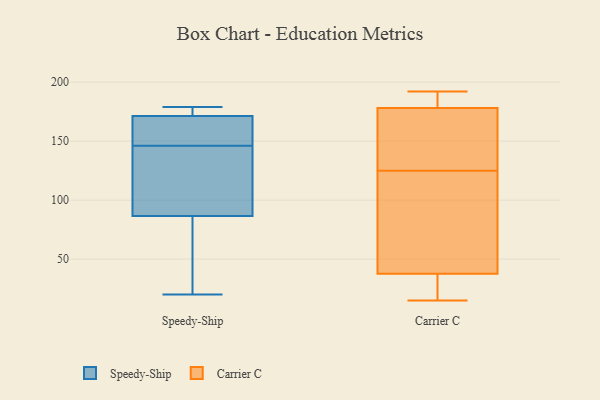
{"axis": {"x": "Budget (USD K)", "y": "Value"}, "legend": ["Carrier C", "Speedy-Ship"], "data": [{"x": "", "y": 146, "type": "Speedy-Ship"}, {"x": "", "y": 61, "type": "Speedy-Ship"}, {"x": "", "y": 20, "type": "Speedy-Ship"}, {"x": "", "y": 112, "type": "Speedy-Ship"}, {"x": "", "y": 113, "type": "Speedy-Ship"}, {"x": "", "y": 168, "type": "Speedy-Ship"}, {"x": "", "y": 32, "type": "Speedy-Ship"}, {"x": "", "y": 172, "type": "Speedy-Ship"}, {"x": "", "y": 179, "type": "Speedy-Ship"}, {"x": "", "y": 146, "type": "Speedy-Ship"}, {"x": "", "y": 171, "type": "Speedy-Ship"}, {"x": "", "y": 95, "type": "Speedy-Ship"}, {"x": "", "y": 175, "type": "Speedy-Ship"}, {"x": "", "y": 15, "type": "Carrier C"}, {"x": "", "y": 112, "type": "Carrier C"}, {"x": "", "y": 179, "type": "Carrier C"}, {"x": "", "y": 36, "type": "Carrier C"}, {"x": "", "y": 177, "type": "Carrier C"}, {"x": "", "y": 18, "type": "Carrier C"}, {"x": "", "y": 192, "type": "Carrier C"}, {"x": "", "y": 113, "type": "Carrier C"}, {"x": "", "y": 175, "type": "Carrier C"}, {"x": "", "y": 39, "type": "Carrier C"}, {"x": "", "y": 183, "type": "Carrier C"}, {"x": "", "y": 155, "type": "Carrier C"}, {"x": "", "y": 99, "type": "Carrier C"}, {"x": "", "y": 187, "type": "Carrier C"}, {"x": "", "y": 137, "type": "Carrier C"}, {"x": "", "y": 28, "type": "Carrier C"}]}